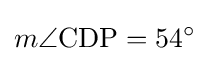
m\angle \mathrm {CDP} =54^{\circ }